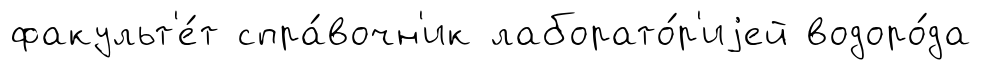
факульт'е́т спра́вочн'ик лаборато́р'иjей водоро́да